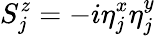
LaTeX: S_{j}^{z}=-i\eta_{j}^{x}\eta_{j}^{y}